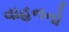
વાહનનો